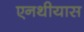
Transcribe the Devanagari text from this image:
एनथीयास